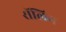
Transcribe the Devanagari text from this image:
रॉलिग